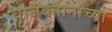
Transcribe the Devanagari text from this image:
वाजवतानाच्या